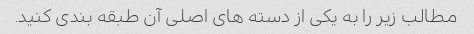
مطالب زیر را به یکی از دسته های اصلی آن طبقه بندی کنید.